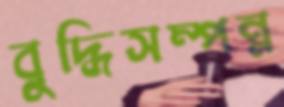
বুদ্ধিসম্পন্ন